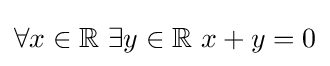
\forall x\in \mathbb {R} \ \exists y\in \mathbb {R} \ x+y=0